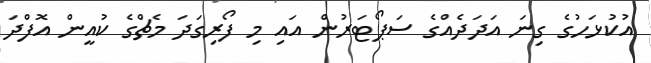
އުކުޅަހުގެ ގިނަ އަދަދެއްގެ ސަޕޯޓަރުން އައި މި ފޯރިގަދަ މެޗްގެ ކުއީން އޮފްދަ